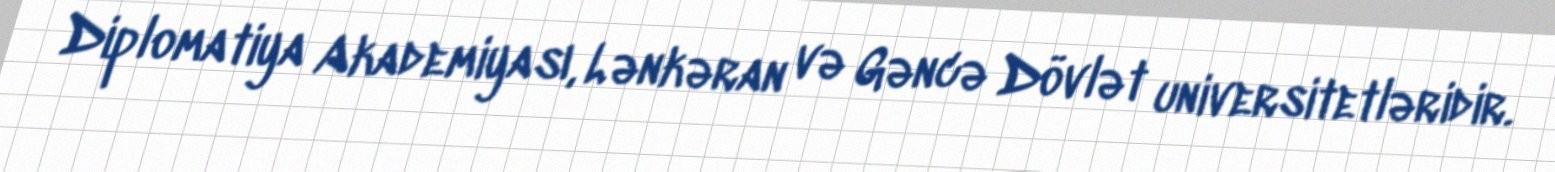
Diplomatiya Akademiyası, Lənkəran və Gəncə Dövlət universitetləridir.